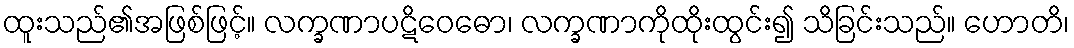
ထူးသည်၏အဖြစ်ဖြင့်။ လက္ခဏာပဋိဝေဓော၊ လက္ခဏာကိုထိုးထွင်း၍ သိခြင်းသည်။ ဟောတိ၊